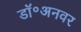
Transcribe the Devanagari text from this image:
डॉ॰अनवर